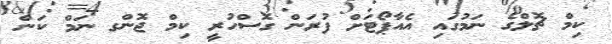
ކިމް ޗޮލްގެ ނަމުގައި އެއާޕޯޓަށް ފުރަން ގޮސްހުރީ ކިމް ޖޮންގ ނަމް ކަން